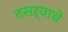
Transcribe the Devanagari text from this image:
दसऱ्याचे